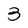
Character: 3